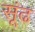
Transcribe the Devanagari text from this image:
सूंढ